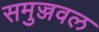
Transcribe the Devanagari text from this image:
समुज्जवल